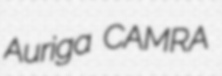
Auriga CAMRA